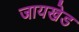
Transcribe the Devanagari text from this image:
जायखेड